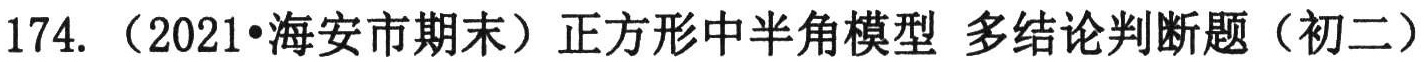
174. （2021•海安市期末）正方形中半角模型 多结论判断题（初二）